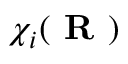
\chi _ { i } ( \textbf { R } )